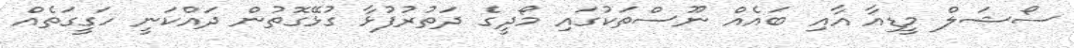
ސޯޝަލް މީޑިއާ އާއި ބައެއް ނޫސްތަކުގައި މޯދީގެ ދަތުރުފުޅާ ގުޅޭގޮތުން ދައްކަނީ ހަގީގަތެއް